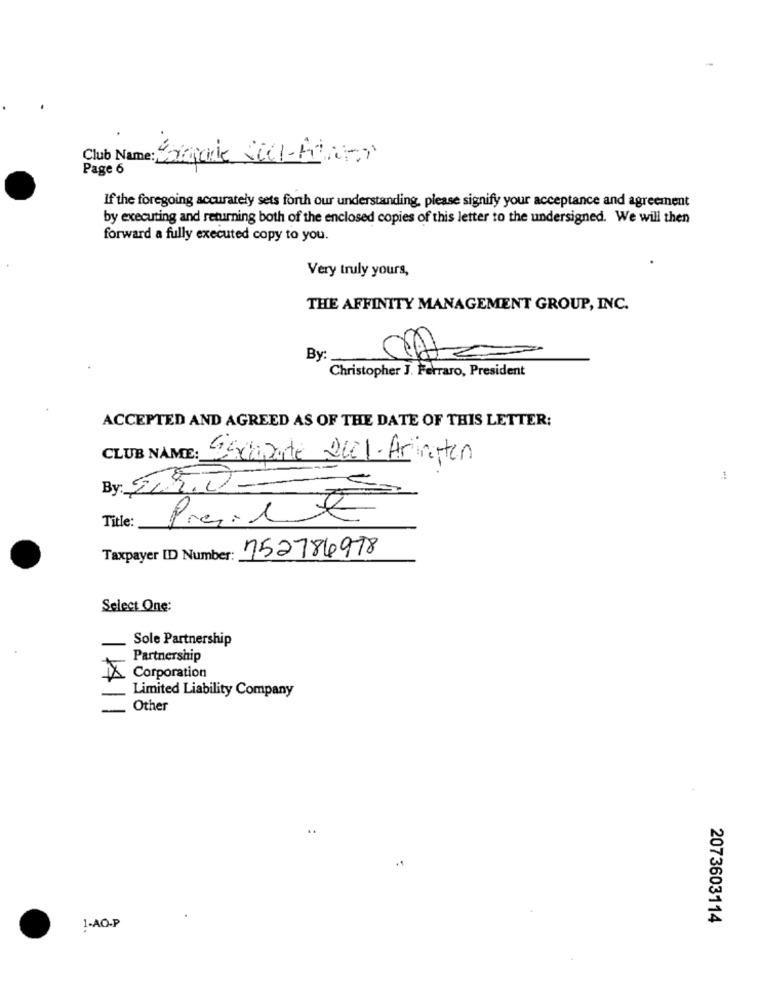
Club Name: Largade Sel-Admin
Page 6
If the foregoing accurately sets forth our understanding, please signify your acceptance and agreement
by executing and returning both of the enclosed copies of this letter to the undersigned. We will then
forward a fully executed copy to you.
Very truly yours,
THE AFFINITY MANAGEMENT GROUP, INC.
By:
Christopher J. Ferraro, President
ACCEPTED AND AGREED AS OF THE DATE OF THIS LETTER:
CLUB NAME: Escapate 2001-Aringten
By: 59.0-
Title:
Taxpayer ID Number:
752786978
Select One:
Sole Partnership
Partnership
Corporation
$
Limited Liability Company
Other
1-AO-P
2073603114